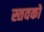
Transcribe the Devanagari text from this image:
स्तवकों